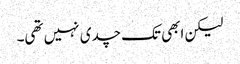
لیکن ابھی تک چدی نہیں تھی۔